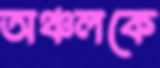
অঞ্চলকে